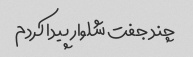
چند جفت شلوار پیدا کردم